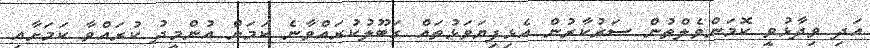
އަދި ވިދާޅުވީ ކޮމަންވެލްތުން ސަރުކާރުން އެޅިފިޔަވަޅުތައް ގަބޫލުކުރައްވާނެ ކަމަށް އުންމީދު ކުރައްވާ ކަމަށާއި